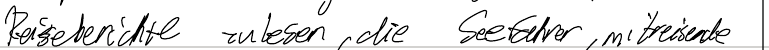
Reiseberichte zu lesen, die Seefahrer, Mitreisende